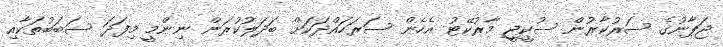
ޖަޕާނުގެ ސަރުކާރުން ސުކީޖީ މާރުކޭޓު އެހެން ސަރަހައްދަކަށް ބަދަލުކުރަން ނިންމީ މިފަދަ ސަބަބުތަކާއި